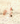
إن